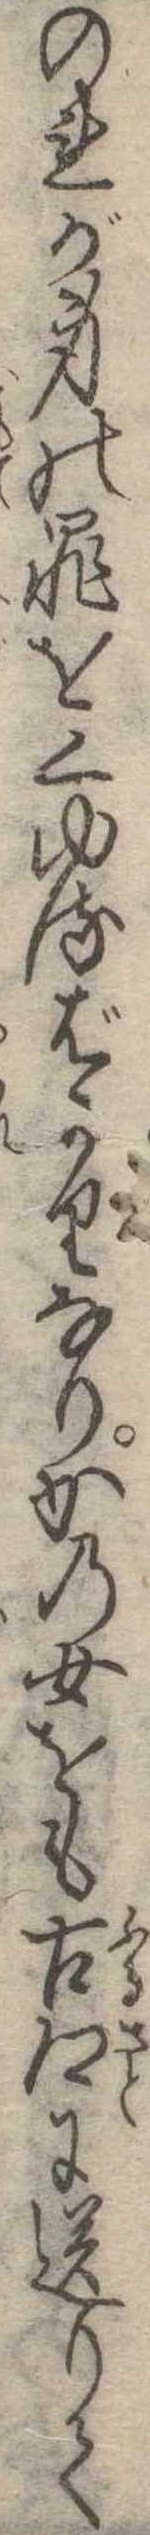
のれが身の罪をくゆるばかりなりかの女をも古郷に送りて